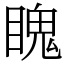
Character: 䁛